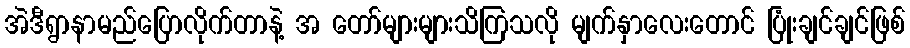
အဲဒီရွာနာမည်ပြောလိုက်တာနဲ့ အ တော်များများသိကြသလို မျက်နှာလေးတောင် ပြုံးချင်ချင်ဖြစ်